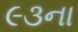
૯૩ના